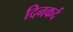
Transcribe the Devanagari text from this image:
दिनकर्द